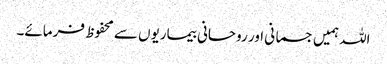
اللہ ہمیں جسمانی اور روحانی بیماریوں سے محفوظ فرمائے۔